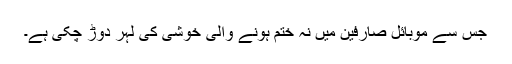
جس سے موبائل صارفین میں نہ ختم ہونے والی خوشی کی لہر دوڑ چکی ہے۔